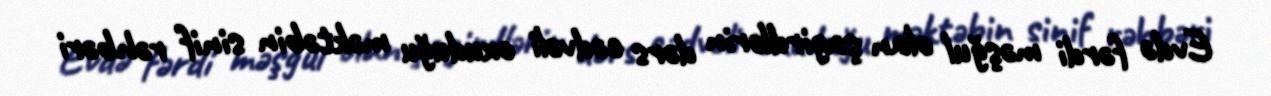
Evdə fərdi məşğul olan şagirdlərin dərs cədvəli oxuduğu məktəbin sinif rəhbəri